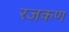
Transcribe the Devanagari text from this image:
रजकण